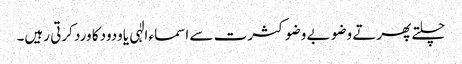
چلتے پھرتے وضو بے وضو کثرت سے اسماء الٰہی یاودودکا ورد کرتی رہیں۔